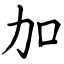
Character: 加